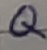
Text: Q